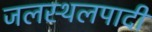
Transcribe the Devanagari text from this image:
जलस्थलपादी